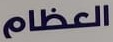
العظام